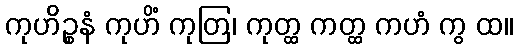
ကုဟိဉ္စနံ ကုဟိံ ကုတြ၊ ကုတ္ထ ကတ္ထ ကဟံ ကွ ထ။